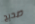
صحيح